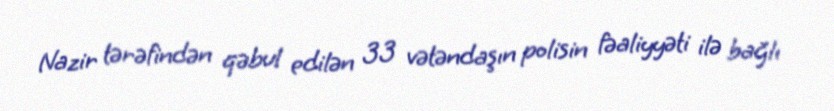
Nazir tərəfindən qəbul edilən 33 vətəndaşın polisin fəaliyyəti ilə bağlı